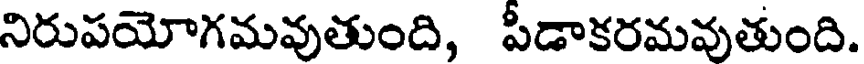
నిరుపయోగమవుతుంది, పీడాకరమవుతుంది.